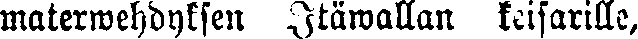
materwehdyksen Itäwallan keisarille,